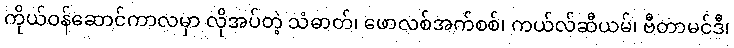
ကိုယ်ဝန်ဆောင်ကာလမှာ လိုအပ်တဲ့ သံဓာတ်၊ ဖောလစ်အက်စစ်၊ ကယ်လ်ဆီယမ်၊ ဗီတာမင်ဒီ၊